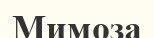
Мимоза